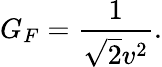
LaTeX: G_{F}=\frac{1}{\sqrt{2}v^{2}}.